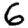
Digit: 6